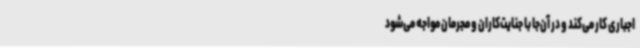
اجباری کار می‌کند و در آن‌جا با جنایت‌کاران و مجرمان مواجه می‌شود